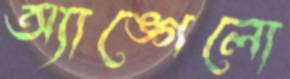
অ্যাঙ্গেলো